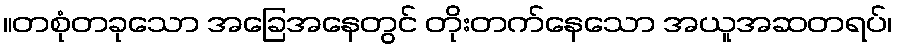
။တစုံတခုသော အခြေအနေတွင် တိုးတက်နေသော အယူအဆတရပ်၊